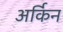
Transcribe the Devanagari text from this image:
अर्किन